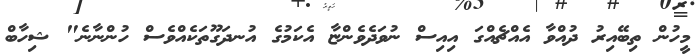
މީހުން ތިބޭއިރު ދުއްވާ އެއްޗެއްގަ އިއިސް ނުވަދެވެންޏާ އެކަމުގެ އުނދަގޫތަކެއްވެސް ހުންނާނެ" ޝިހާބް